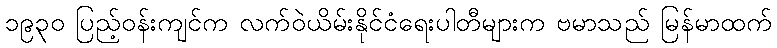
၁၉၃၀ ပြည့်ဝန်းကျင်က လက်ဝဲယိမ်းနိုင်ငံရေးပါတီများက ဗမာသည် မြန်မာထက်